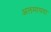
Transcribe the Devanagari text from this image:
अलमायदा